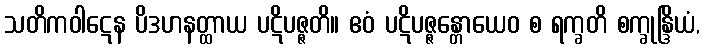
သတိကဝါဋေန ပိဒဟနတ္ထာယ ပဋိပဇ္ဇတိ။ ဧဝံ ပဋိပဇ္ဇန္တောယေဝ စ ရက္ခတိ စက္ခုန္ဒြိယံ,